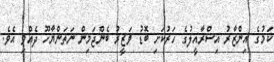
ކަމުގެ އިންޒާރު އިސްރާއީލުގެ ހަރުކަށި ބޮޑު ވަޒީރު ބެންޖަމިން ނަތަންޔާހޫ ދެއްވި އެވެ.